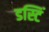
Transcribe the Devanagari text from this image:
डस्टिं